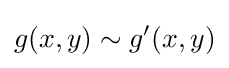
g(x,y)\sim g^{\prime }(x,y)